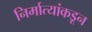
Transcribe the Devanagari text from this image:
निर्मात्यांकडून